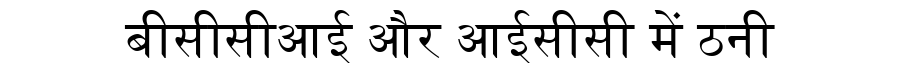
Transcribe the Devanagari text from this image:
बीसीसीआई और आईसीसी में ठनी